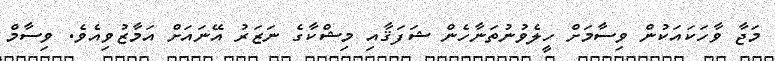
މަޖާ ވާހަކައަކުން ވިސާމަށް ހީލެވުނުތަނާހެން ޝަފަޤާއި މިޝްކާގެ ނަޒަރު އޭނައަށް އަމާޒުވިއެވެ. ވިސާމް